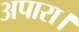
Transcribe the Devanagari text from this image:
अपारा।